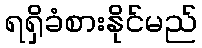
ရရှိခံစားနိုင်မည်